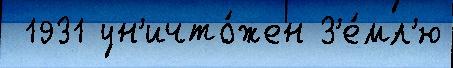
 1931 ун'ичто́жен З'е́мл'ю